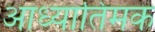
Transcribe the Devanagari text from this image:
आध्यातिमक